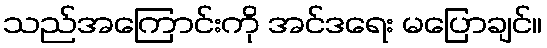
သည်အကြောင်းကို အင်ဒရေး မပြောချင်။